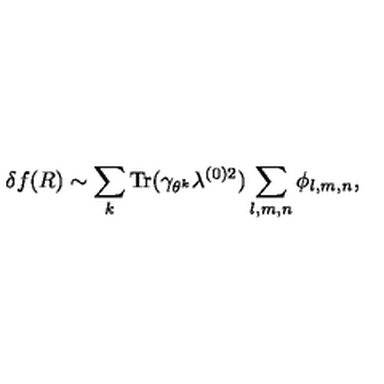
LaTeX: \delta f ( R ) \sim \sum _ { k } \mathrm { T r } ( \gamma _ { \theta ^ { k } } \lambda ^ { ( 0 ) 2 } ) \sum _ { l , m , n } \phi _ { l , m , n } ,